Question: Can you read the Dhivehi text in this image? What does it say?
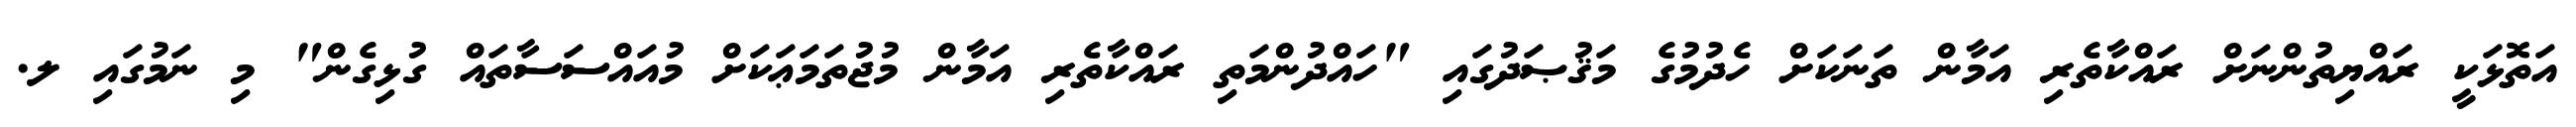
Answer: އަތޮޅަކީ ރައްޔިތުންނަށް ރައްކާތެރި އަމާން ތަނަކަށް ހެދުމުގެ މަޤުޞަދުގައި "ހައްދުންމަތި ރައްކާތެރި އަމާން މުޖުތަމަޢަކަށް މުއައްސަސާތައް ގުޅިގެން" މި ނަމުގައި ލ.